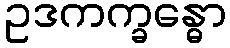
ဥဒကက္ခန္ဓော